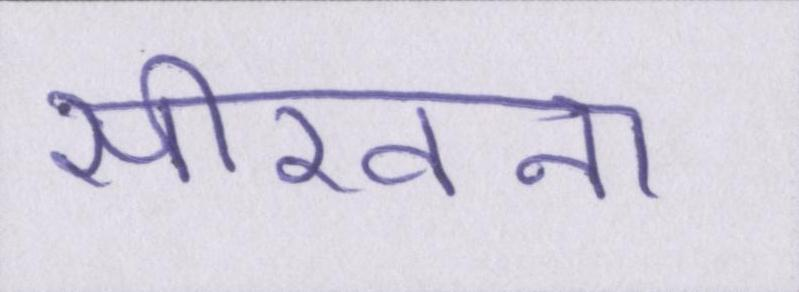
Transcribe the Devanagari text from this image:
सीखना